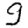
Digit: 9